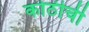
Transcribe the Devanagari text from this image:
कोठीची